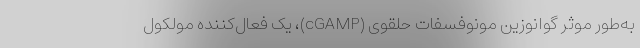
به‌طور موثر گوانوزین مونوفسفات حلقوی (cGAMP)، یک فعال‌کننده مولکول